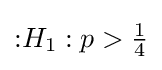
{\text{:}}H_{1}:p>{\tfrac {1}{4}}